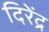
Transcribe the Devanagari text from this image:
दिरेंद्र